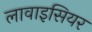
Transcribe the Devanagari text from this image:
लावाइसियर